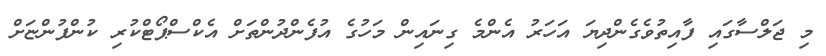
މި ޖަލްސާގައި ފާއިތުވެގެންދިޔަ އަހަރު އެންމެ ގިނައިން މަހުގެ އުފެންދުންތަށް އެކްސްޕޯޓްކުރި ކުންފުންޏަށް